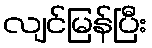
လျင်မြန်ပြီး